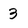
Character: 3